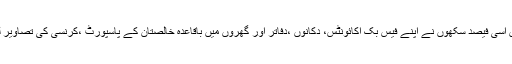
بھارت میں اسی فیصد سکھوں نے اپنے فیس بک اکائونٹس، دکانوں ،دفاتر اور گھروں میں باقاعدہ خالصتان کے پاسپورٹ ،کرنسی کی تصاویر لگا لی ہیں۔